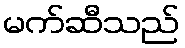
မက်ဆီသည်